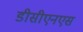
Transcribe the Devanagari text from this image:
डीसीएनएस